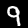
Label: 9